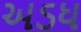
અડધ